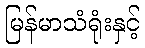
မြန်မာသံရုံးနှင့်